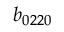
b _ { 0 2 2 0 }